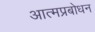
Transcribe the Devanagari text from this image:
आत्मप्रबोधन